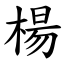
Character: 楊